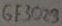
Text: GE3023